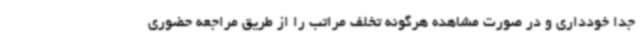
جدا خودداری و در صورت مشاهده هرگونه تخلف مراتب را از طریق مراجعه حضوری